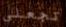
تجعلي